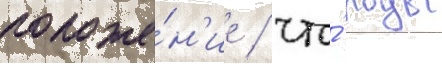
положе́н'ие / что́ роды